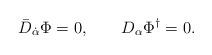
LaTeX: \begin{align*} \bar{D}_{\dot{\alpha}} \Phi = 0 , \qquad D_\alpha \Phi^\dagger = 0.\end{align*}